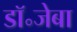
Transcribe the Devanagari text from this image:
डॉ॰जेबा